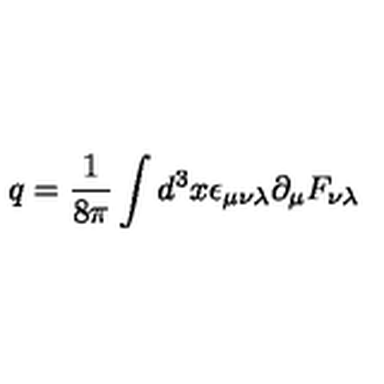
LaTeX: q = \frac { 1 } { 8 \pi } \int d ^ { 3 } x \epsilon _ { \mu \nu \lambda } \partial _ { \mu } F _ { \nu \lambda }